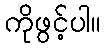
ကိုဖွင့်ပါ။